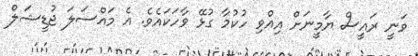
ވަނީ ރައީސް ޔާމީނަށް އިއްވި ހުކުމާ ގުޅޭ ވާހަކައެވެ. އެ މައްސަލަ ޖުޑީޝަލް